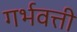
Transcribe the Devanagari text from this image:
गर्भवत्ती